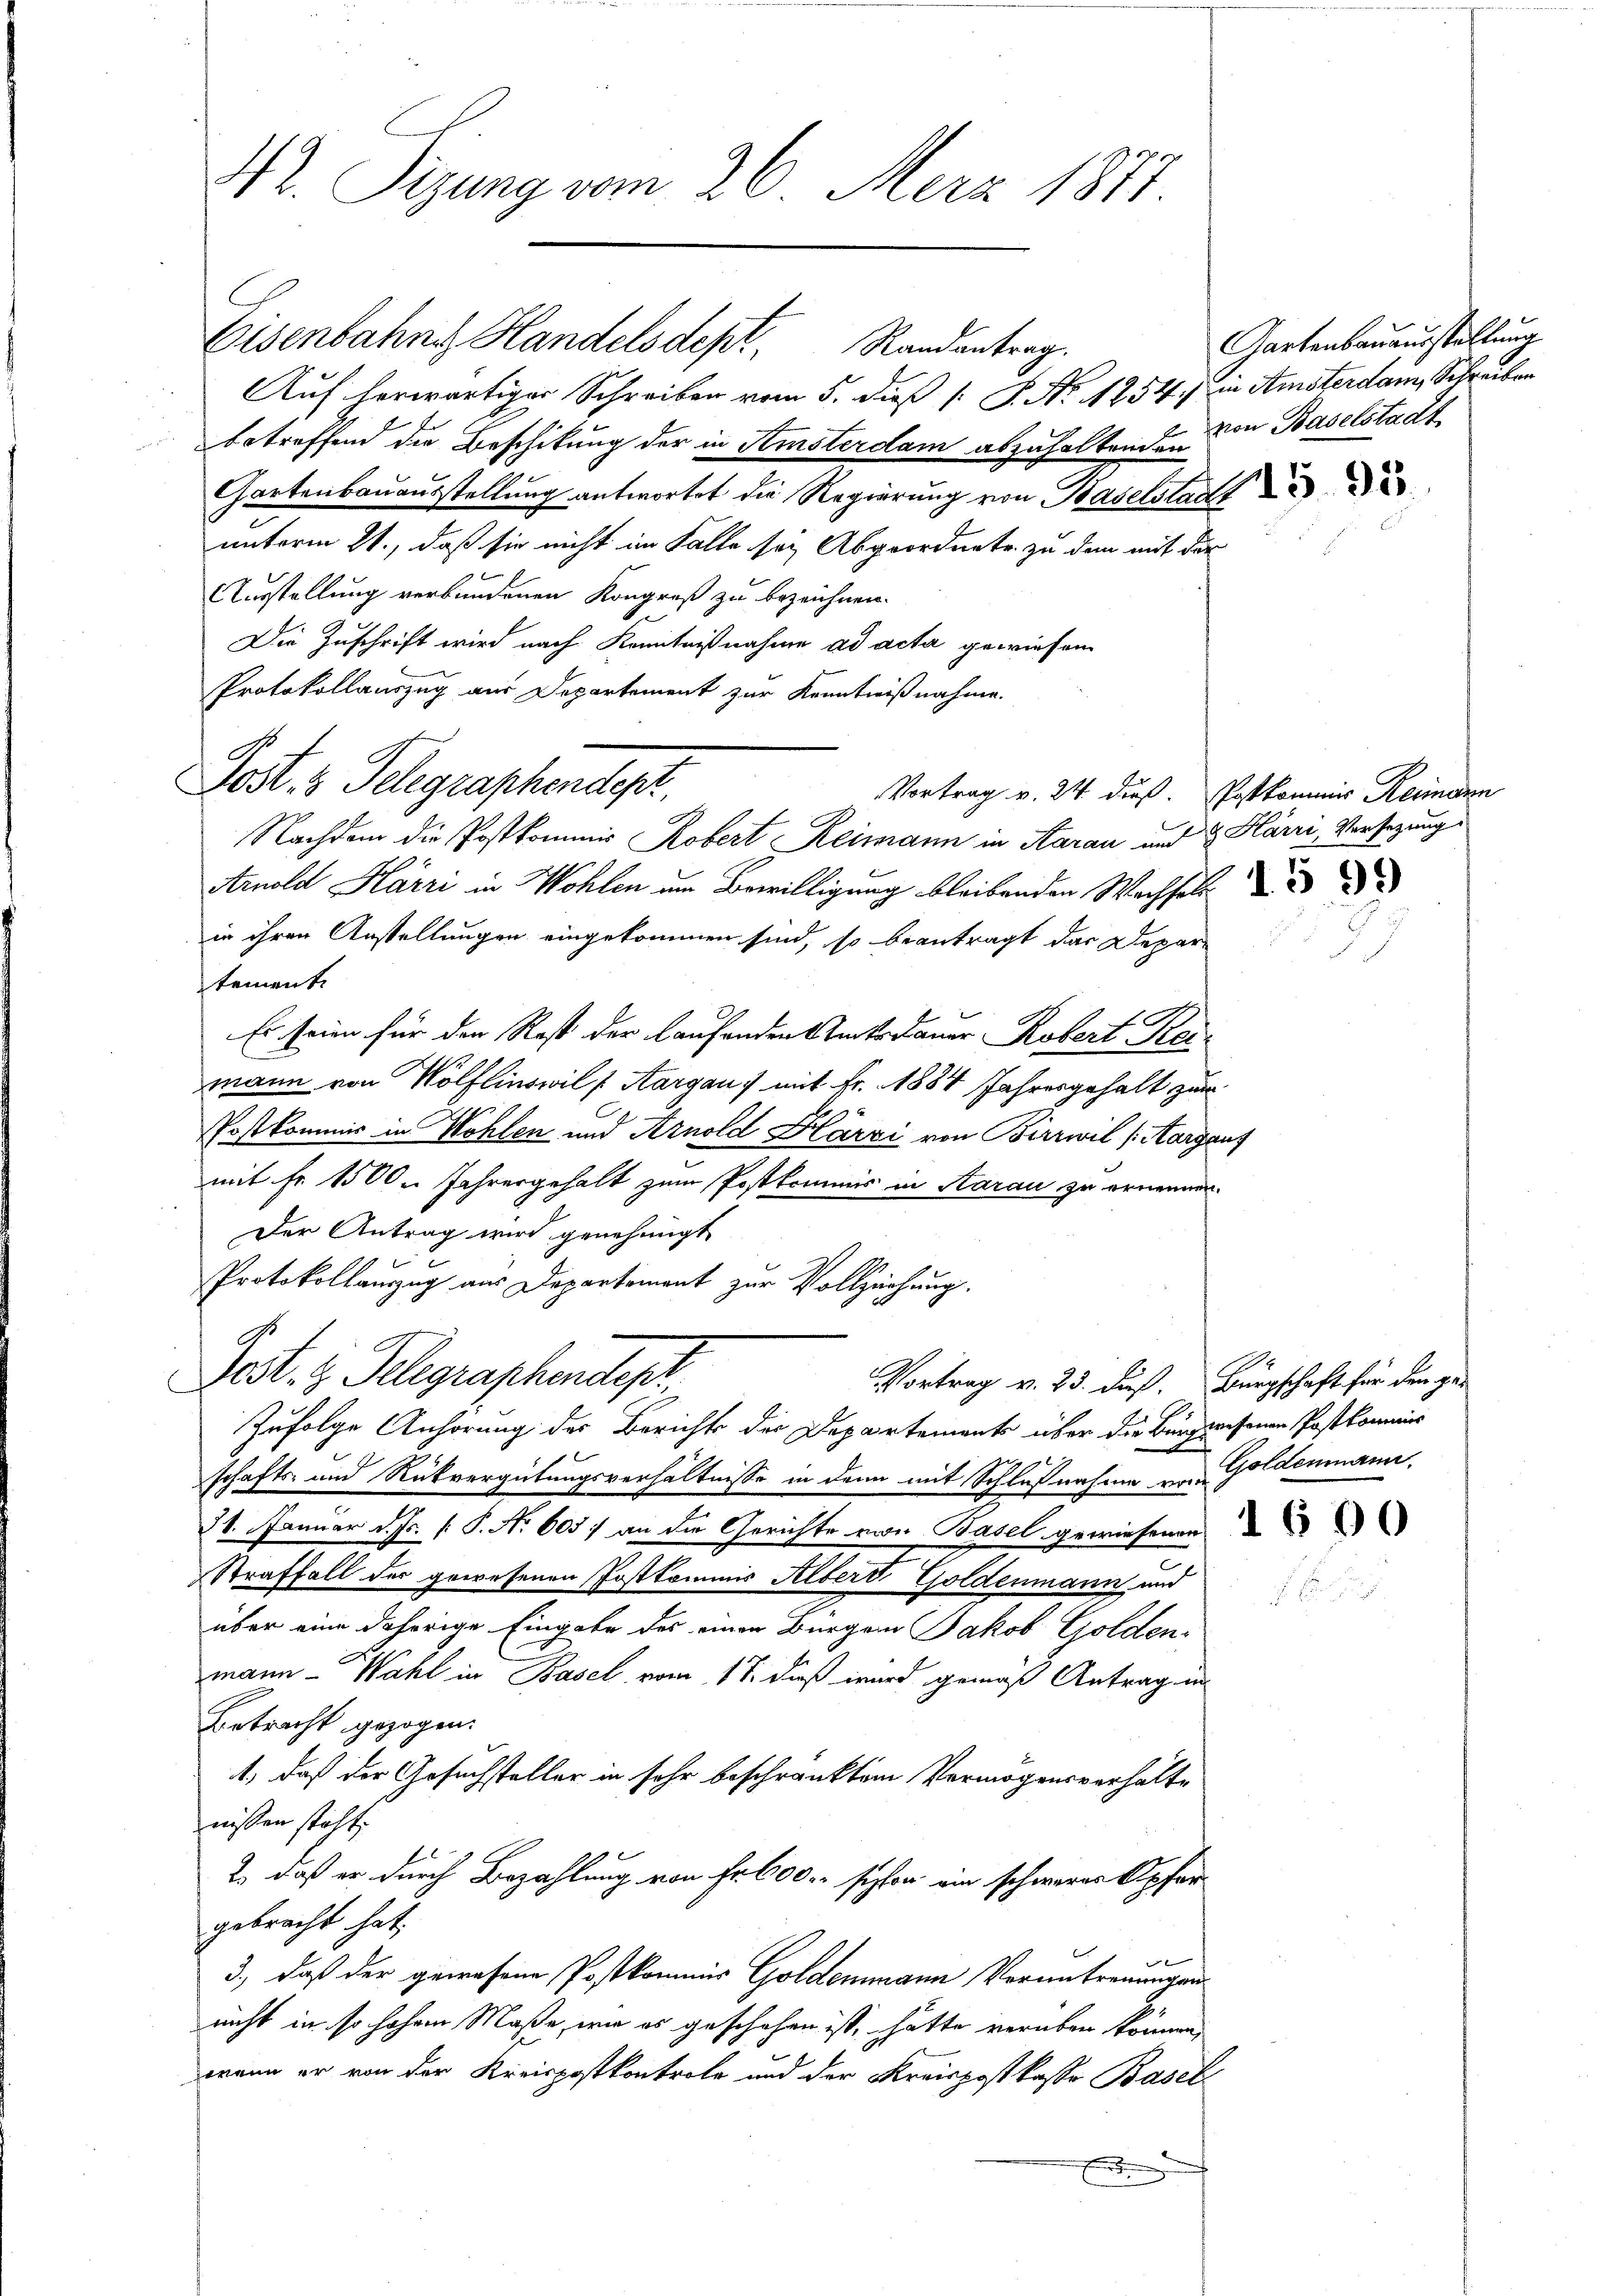
Hr. Sizung vom 26. Merz 1871

Auf herwärtiger Schreiben vom 5. dieß P. Nr. 1254) in Amsterdam, Schreiben
betreffend die Beschikung der in Amsterdam abzuhaltenden von Baselstadt
Gartenbauausstellung antwortet die Regierung von Baselstadt
unterm 21., daß sie nicht im Falle sei Abgeordnete zu dem mit der
Ausstellung verbundenen Kongreß zu bezeichnen.
Die Zuschrift wird nach Kenntnißnahme ad acta gewiesen
Protokollauszug aus Departement zur Kenntnißnahme.
Lost. 3 Telegraphendept,
Nachdem die Postkommis Robert Reimann in Aarau und 8 Härri, Vorsezung
Arnold Karri in Wohlen im Bewilligung bleibenden Wachsel
in ihren Anstellungen eingekommen sind, so beantragt das Departement
Es seien für den Rest der laufenden Stücke dauer Robert Kaimann von Wölflinswil (Aargau) mit Fr. 1884 Jahresgehalt zum
Postkommis in Wohlen und Arnold Härzi von Birrwil (Aargaus
mit Fr. 1500. Jahresgehalt zum Postkommis in Aarau zu ernennen.
Der Antrag wird genehmigt
Protokollauzug aus Departement zur Vollziehung.
Fest.  Telegraphendepr
Vortrag v. 23. dieß. Bürgschaft für den ge¬
Zufolge Anhörung der Berichts der Departements über die Bergwesenen Postkommis
schafts- und Rückvergütungsverhältnisse in dann mit Schlußnahme von Goldenmann.
24. Januar d. Js. f. P. Nr. 605) an die Gerichte von Basel gewiesenen
Straffall der gewesenen Postkommnis Albert Goldenmann und
über eine daherige Eingabe des einen Bürger Jakob Golden-
mann - Wahl in Basel vom 17. dieß wird gemäß Antrag in
Betracht gezogen.
1, daß der Gesuchsteller in sehr beschränktem Vermögensverhälte
nissen steht.
2. daß er durch Bezahlung von Fr. 600 schon ein schwerer Opfergebracht hat,
3., daß der gewesene Postkommis Goldemmann Voruntreuungen
nicht in so hohem Maße, wie es geschehen ist, hätte verüben können,
wenn er von der Kreispostkontrole und der Kreispostkasse Basel¬
E

Eisenbahns Handelsdept, Randantrag.

Gartenbauausstellung

Vortrag v. 24 dieß. Postkommis Heimann